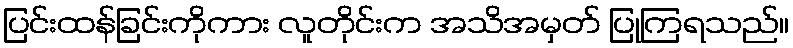
ပြင်းထန်ခြင်းကိုကား လူတိုင်းက အသိအမှတ် ပြုကြရသည်။